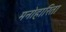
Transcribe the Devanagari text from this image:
मनोहारिता